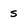
Character: S